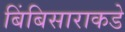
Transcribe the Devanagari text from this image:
बिंबिसाराकडे